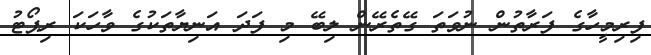
ފިރިމީހާގެ ފަރާތުން ނުވަތަ ގޭތެރޭން ލިބޭ މި ފަދަ އަނިޔާތަކުގެ ވާހަކަ ރިޕޯޓު